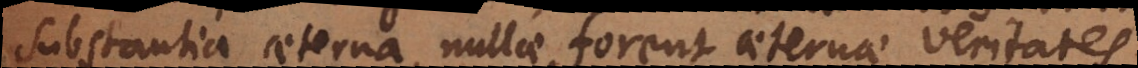
substantia aeterna nullae forent aeternae veritates.